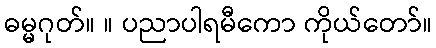
ဓမ္မဂုတ်။ ။ ပညာပါရမီကော ကိုယ်တော်။